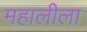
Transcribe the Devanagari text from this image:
महालीला